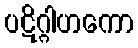
ပဋိဂ္ဂါဟကော